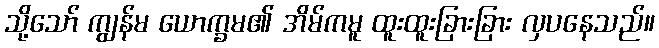
သို့သော် ကျွန်မ ယောက္ခမ၏ အိမ်ကမူ ထူးထူးခြားခြား လှပနေသည်။